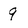
Character: 9